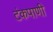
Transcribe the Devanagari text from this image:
टंकपाणी